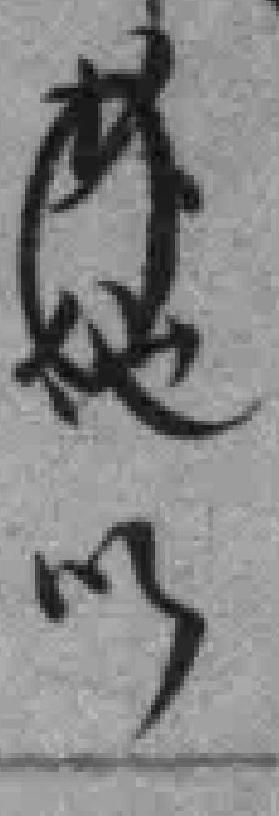
*以